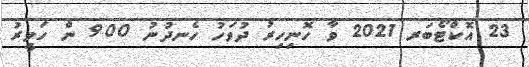
23 އޮކްޓޯބަރ 2021 ވާ ހޮނިހިރު ދުވަހު ހެނދުނު 9.00 ން ހަވީރު